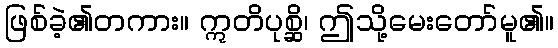
ဖြစ်ခဲ့၏တကား။ ဣတိပုစ္ဆိ၊ ဤသို့မေးတော်မူ၏။